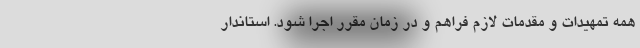
همه تمهیدات و مقدمات لازم فراهم و در زمان مقرر اجرا شود. استاندار